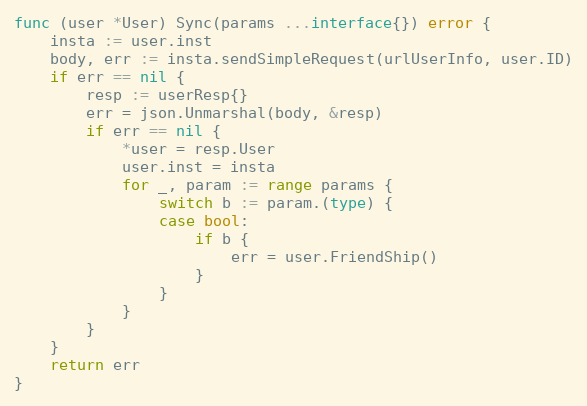
Language: Go
func (user *User) Sync(params ...interface{}) error {
	insta := user.inst
	body, err := insta.sendSimpleRequest(urlUserInfo, user.ID)
	if err == nil {
		resp := userResp{}
		err = json.Unmarshal(body, &resp)
		if err == nil {
			*user = resp.User
			user.inst = insta
			for _, param := range params {
				switch b := param.(type) {
				case bool:
					if b {
						err = user.FriendShip()
					}
				}
			}
		}
	}
	return err
}